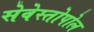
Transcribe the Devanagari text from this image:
सेवेस्तोपोल